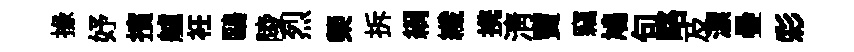
掾妤擯艫衽鷗陵烈榮拆綱纖携淸竇竊鳩句略及漂疊彩